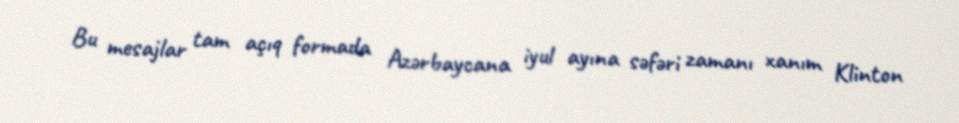
Bu mesajlar tam açıq formada Azərbaycana iyul ayına səfəri zamanı xanım Klinton